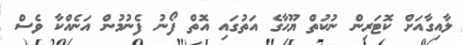
ލާއިގާއަށް ކޮޓަރިން ނުކުތް ޔޫހާގެ އަތުގައި އޮތް ފޯނު ފެނުމުން އަނެއްކާ ވެސް